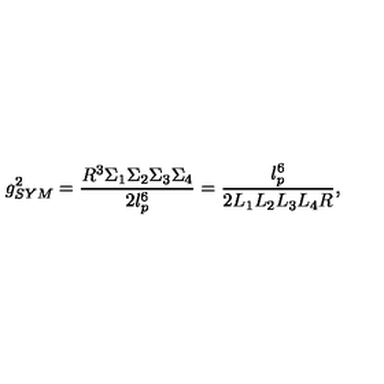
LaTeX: g _ { S Y M } ^ { 2 } = \frac { R ^ { 3 } \Sigma _ { 1 } \Sigma _ { 2 } \Sigma _ { 3 } \Sigma _ { 4 } } { 2 l _ { p } ^ { 6 } } = \frac { l _ { p } ^ { 6 } } { 2 L _ { 1 } L _ { 2 } L _ { 3 } L _ { 4 } R } ,